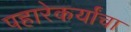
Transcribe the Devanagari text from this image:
पहारेकर्यांचा